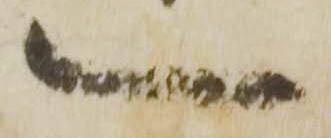
一